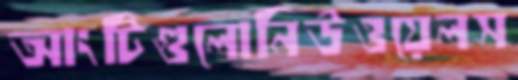
আংটিগুলোনিউওয়েলস